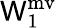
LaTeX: \mathsf{W}_{1}^{\mathrm{{mv}}}